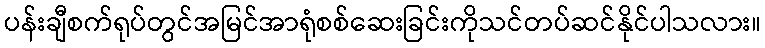
ပန်းချီစက်ရုပ်တွင်အမြင်အာရုံစစ်ဆေးခြင်းကိုသင်တပ်ဆင်နိုင်ပါသလား။